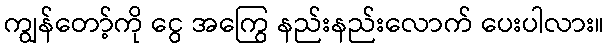
ကျွန်တော့်ကို ငွေ အကြွေ နည်းနည်းလောက် ပေးပါလား။